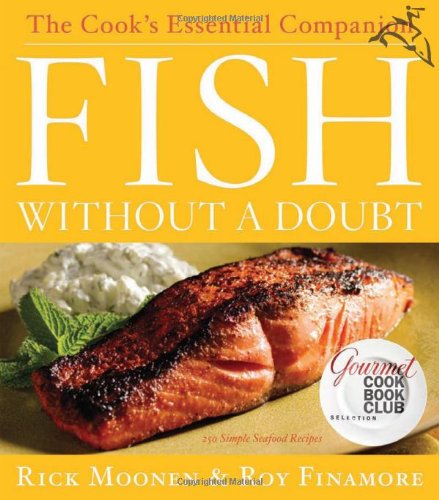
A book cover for Fish Without a Doubt: The Cook's Essential Companion; Rick Moonen; Cookbooks, Food & Wine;